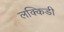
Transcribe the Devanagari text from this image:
लक्किडी